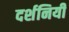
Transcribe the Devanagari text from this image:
दर्शनियी